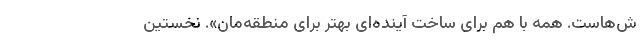
ش‌هاست. همه با هم برای ساخت آینده‌ای بهتر برای منطقه‌مان». نخستین